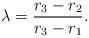
LaTeX: \begin{align*}\lambda = \frac{r_3-r_2}{r_3-r_1}.\end{align*}